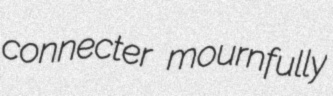
connecter mournfully